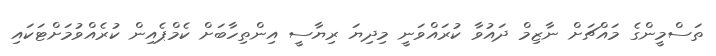
ތަސްމީންގެ މައްޗަށް ނާޒިމް ދައުވާ ކުރައްވަނީ މިދިޔަ ރިޔާސީ އިންތިހާބަށް ކެމްޕެއިން ކުރެއްވުމަށްޓަކައި